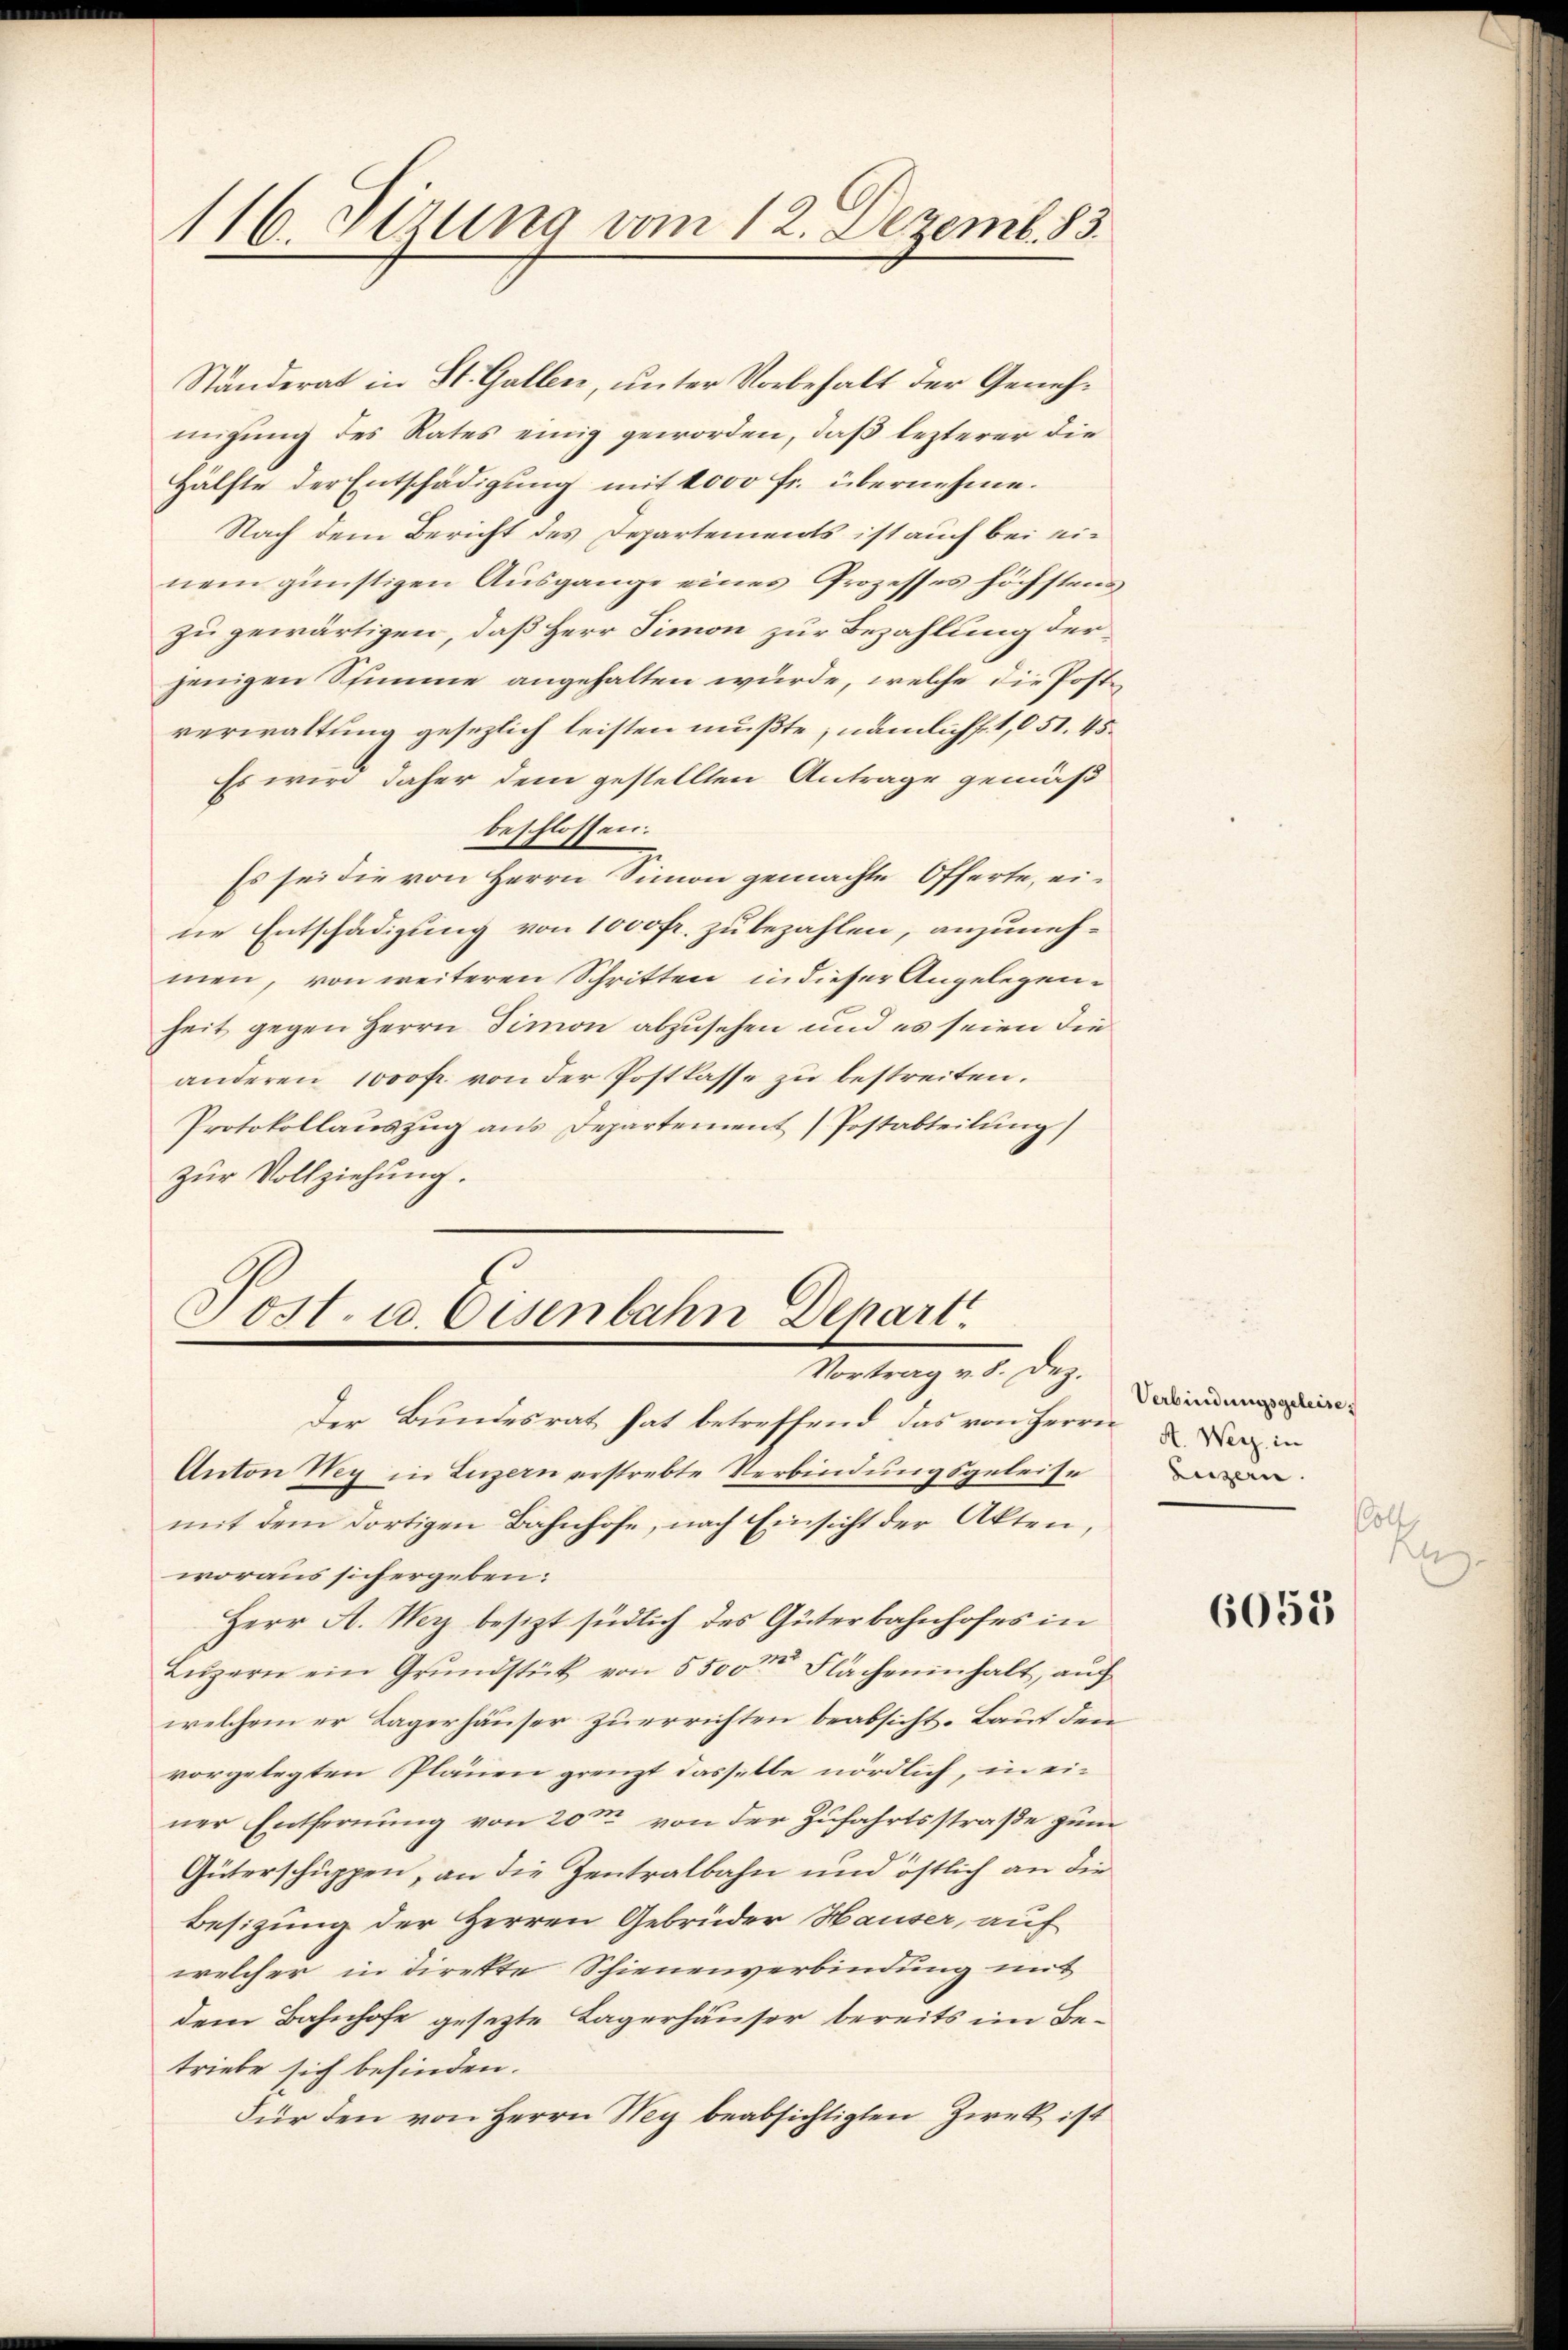
116. Sizung vom 12. Dezemb. 83.

Ständerat in St. Gallen, unter Vorbehalt der Genehmigung des Rates einig geworden, daß lezterer die
Hälfte der Entschädigung mit 1000 Fr. übernehme.
Nach dem Bericht des Departements ist auch bei einem günstigen Ausgange eines Prozesses höchstens
zu gewärtigen, daß Herr Simon zur Bezahlung der
jenigen Stimme angehalten würde, welche die Postverwaltung gesezlich leisten mußte, nämlich f. 1,051. 45
Es wird daher dem gestellten Antrage gemäß
beschlossen.
Es sei die von Herrn Simon gemachte Offerte, eine Entschädigung von 1000fr. zu bezahlen, anzunehmen, von weiteren Schritten in dieser Angelegenheit gegen Herrn Simon abzusehen und es seien die
anderen 1000 fr. von der Postkasse zu bestreiten.
Protokollauszug aus Departement (Postabteilung)
zur Vollziehung.

Post. u. Eisenbahn Depart.
Vortrag v. 8. Dez.

Der Bundesrat hat betreffend das von Herrn Dein
Anton Wey in Luzern erstrebte Verbindungsgeleise
mit dem dortigen Bahnhofe, nach Einsicht der Akten,
woraus sich ergeben:
Herr A. Wer besizt südlich des Güterbahnhofes in
Lŭzern ein Grŭndstück von 5500 Flächeninhalt, auf
welchem er Lagerhäuser zuerrichten beabsicht. Laut den
vorgelegten Plänen grenzt dasselbe nördlich, in einer Entfernung von 20m von der Zufahrtsstraße zum
Güterschuppen, an die Zentralbahn und östlich an die
Besizung der Herren Gebrüder Hauser, auf
welcher in direkte Schienenverbindung mit
dem Bahnhofe gesetzte Lagerhäuser bereits im Betriebe sich befinden.
Für den von Herrn Wey beabsichtigten Zweck ist

Verbindungsgeleise.
Luzern
ölf
A

6055